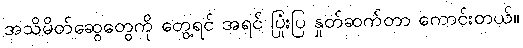
အသိမိတ်ဆွေတွေကို တွေ့ရင် အရင် ပြုံးပြ နှုတ်ဆက်တာ ကောင်းတယ်။